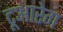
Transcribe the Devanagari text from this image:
टूआरेग